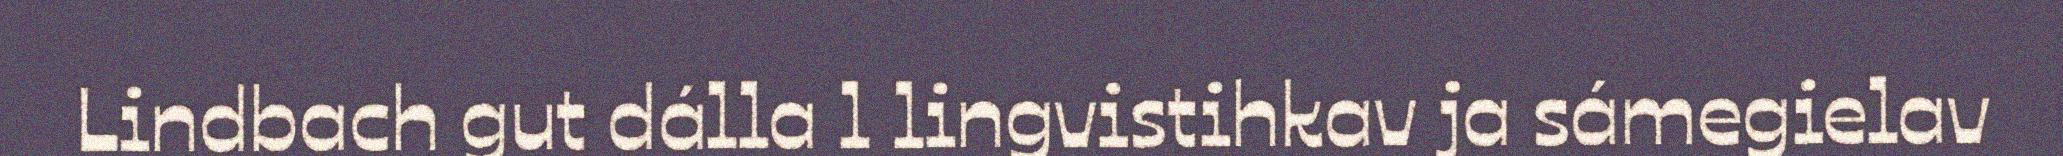
Lindbach gut dálla l lingvistihkav ja sámegielav